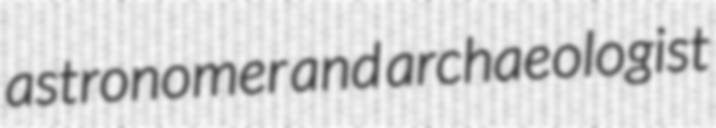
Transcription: astronomer and archaeologist